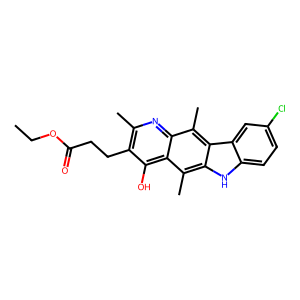
SMILES: CCOC(=O)CCc1c(C)nc2c(C)c3c([nH]c4ccc(Cl)cc43)c(C)c2c1O
Inhibits HIV replication: No